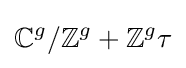
\mathbb {C} ^{g}/\mathbb {Z} ^{g}+\mathbb {Z} ^{g}\tau